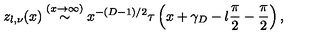
z _ { l , \nu } ( x ) \stackrel { ( x \rightarrow \infty ) } { \sim } x ^ { - ( D - 1 ) / 2 } \tau \left( x + \gamma _ { D } - l \frac { \pi } { 2 } - \frac { \pi } { 2 } \right) ,